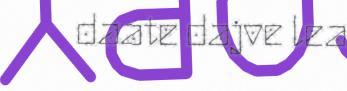
daate dajve lea